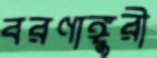
বরণাঙ্গুরী